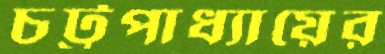
চট্টপাধ্যায়ের